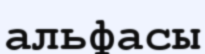
альфасы